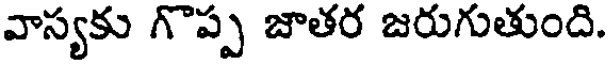
వాస్యకు గొప్ప జాతర జరుగుతుంది.